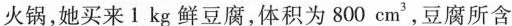
火锅，她买来1kg鲜豆腐，体积为800cm^{3}，豆腐所含